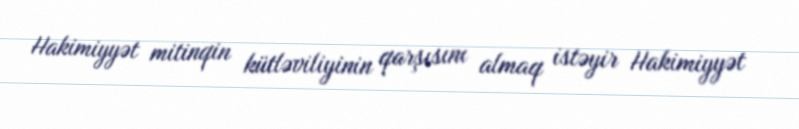
Hakimiyyət mitinqin kütləviliyinin qarşısını almaq istəyir Hakimiyyət